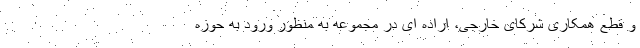
و قطع همکاری شرکای خارجی، اراده ای در مجموعه به منظور ورود به حوزه